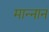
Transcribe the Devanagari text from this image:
मान्नानं